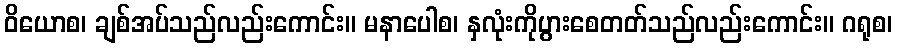
ဝိယောစ၊ ချစ်အပ်သည်လည်းကောင်း။ မနာပေါစ၊ နှလုံးကိုပွားစေတတ်သည်လည်းကောင်း။ ဂရုစ၊